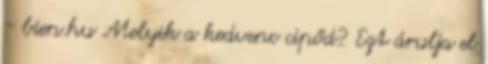
- bien.hu Melyik a kedvenc cipőd? Ezt árulja el